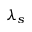
\lambda _ { s }